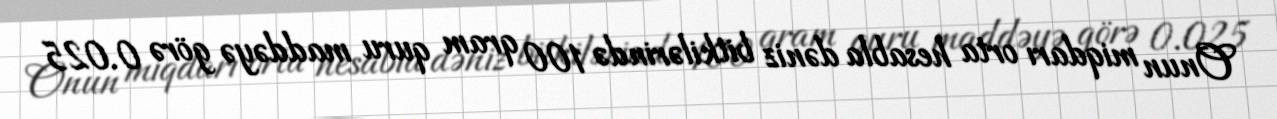
Onun miqdarı orta hesabla dəniz bitkilərində 100 qram quru maddəyə görə 0.025